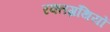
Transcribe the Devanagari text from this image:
रक्तग्रंथियों